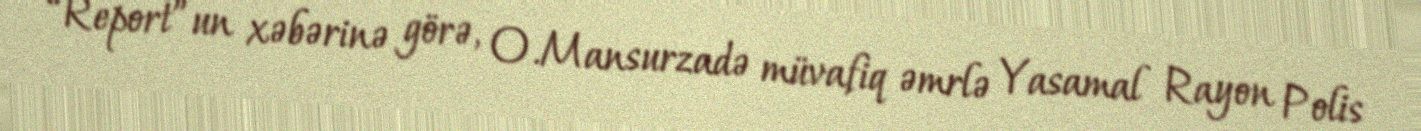
“Report”un xəbərinə görə, O.Mansurzadə müvafiq əmrlə Yasamal Rayon Polis